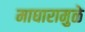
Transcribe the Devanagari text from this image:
माघारामुळे